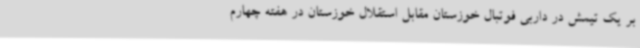
بر یک تیمش در داربی فوتبال خوزستان مقابل استقلال خوزستان در هفته چهارم